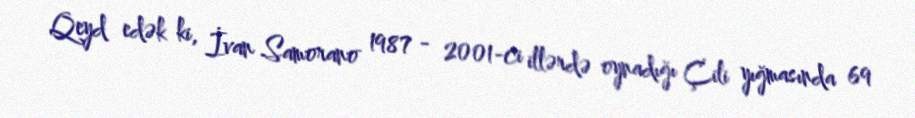
Qeyd edək ki, İvan Samorano 1987 - 2001-ci illərdə oynadığı Çili yığmasında 69